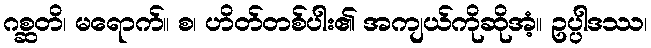
ဂစ္ဆတိ၊ မရောက်။ စ၊ ဟိတ်တစ်ပါး၏ အကျယ်ကိုဆိုအံ့။ ဥပ္ပါဒဿ၊